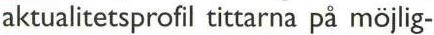
aktualitetsprofil tittarna på möjlig-